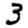
Digit: 3